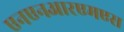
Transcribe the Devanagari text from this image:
एनएनआरएमएस